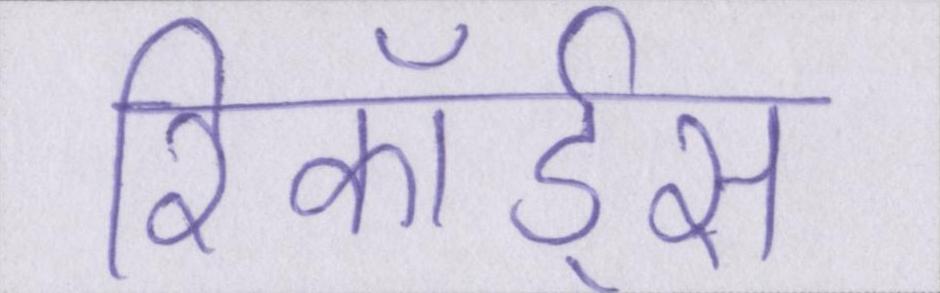
रिकॉर्ड्स